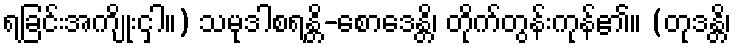
ရခြင်းအကျိုးငှါ။) သမုဒါစရန္တိ-စောဒေန္တိ၊ တိုက်တွန်းကုန်၏။ (တုဒန္တိ၊